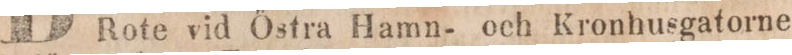
Rote vid Östra Hamn- och Kronhusgatorne